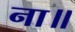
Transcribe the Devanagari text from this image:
ना॥